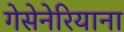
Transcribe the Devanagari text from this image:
गेसेनेरियाना